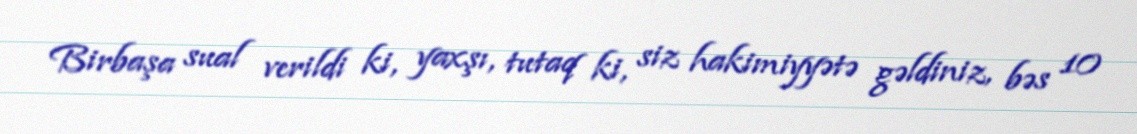
Birbaşa sual verildi ki, yaxşı, tutaq ki, siz hakimiyyətə gəldiniz, bəs 10